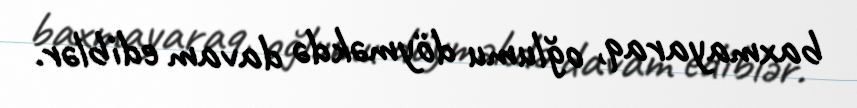
baxmayaraq, oğlumu döyməkdə davam ediblər.